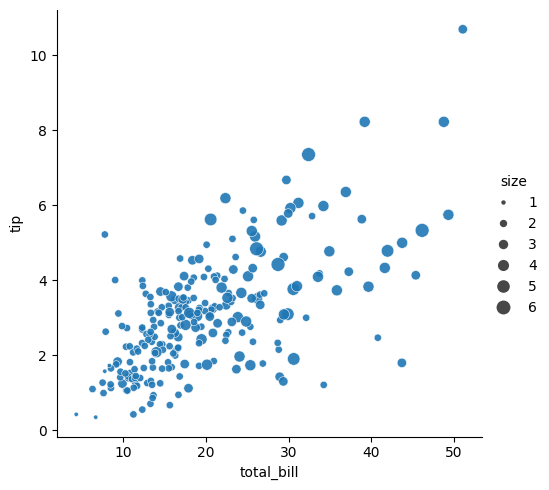
python, seaborn, relplot, alpha=0.9